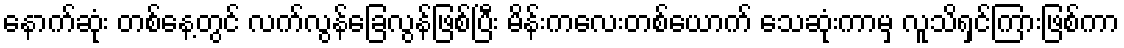
နောက်ဆုံး တစ်နေ့တွင် လက်လွန်ခြေလွန်ဖြစ်ပြီး မိန်းကလေးတစ်ယောက် သေဆုံးကာမှ လူသိရှင်ကြားဖြစ်ကာ